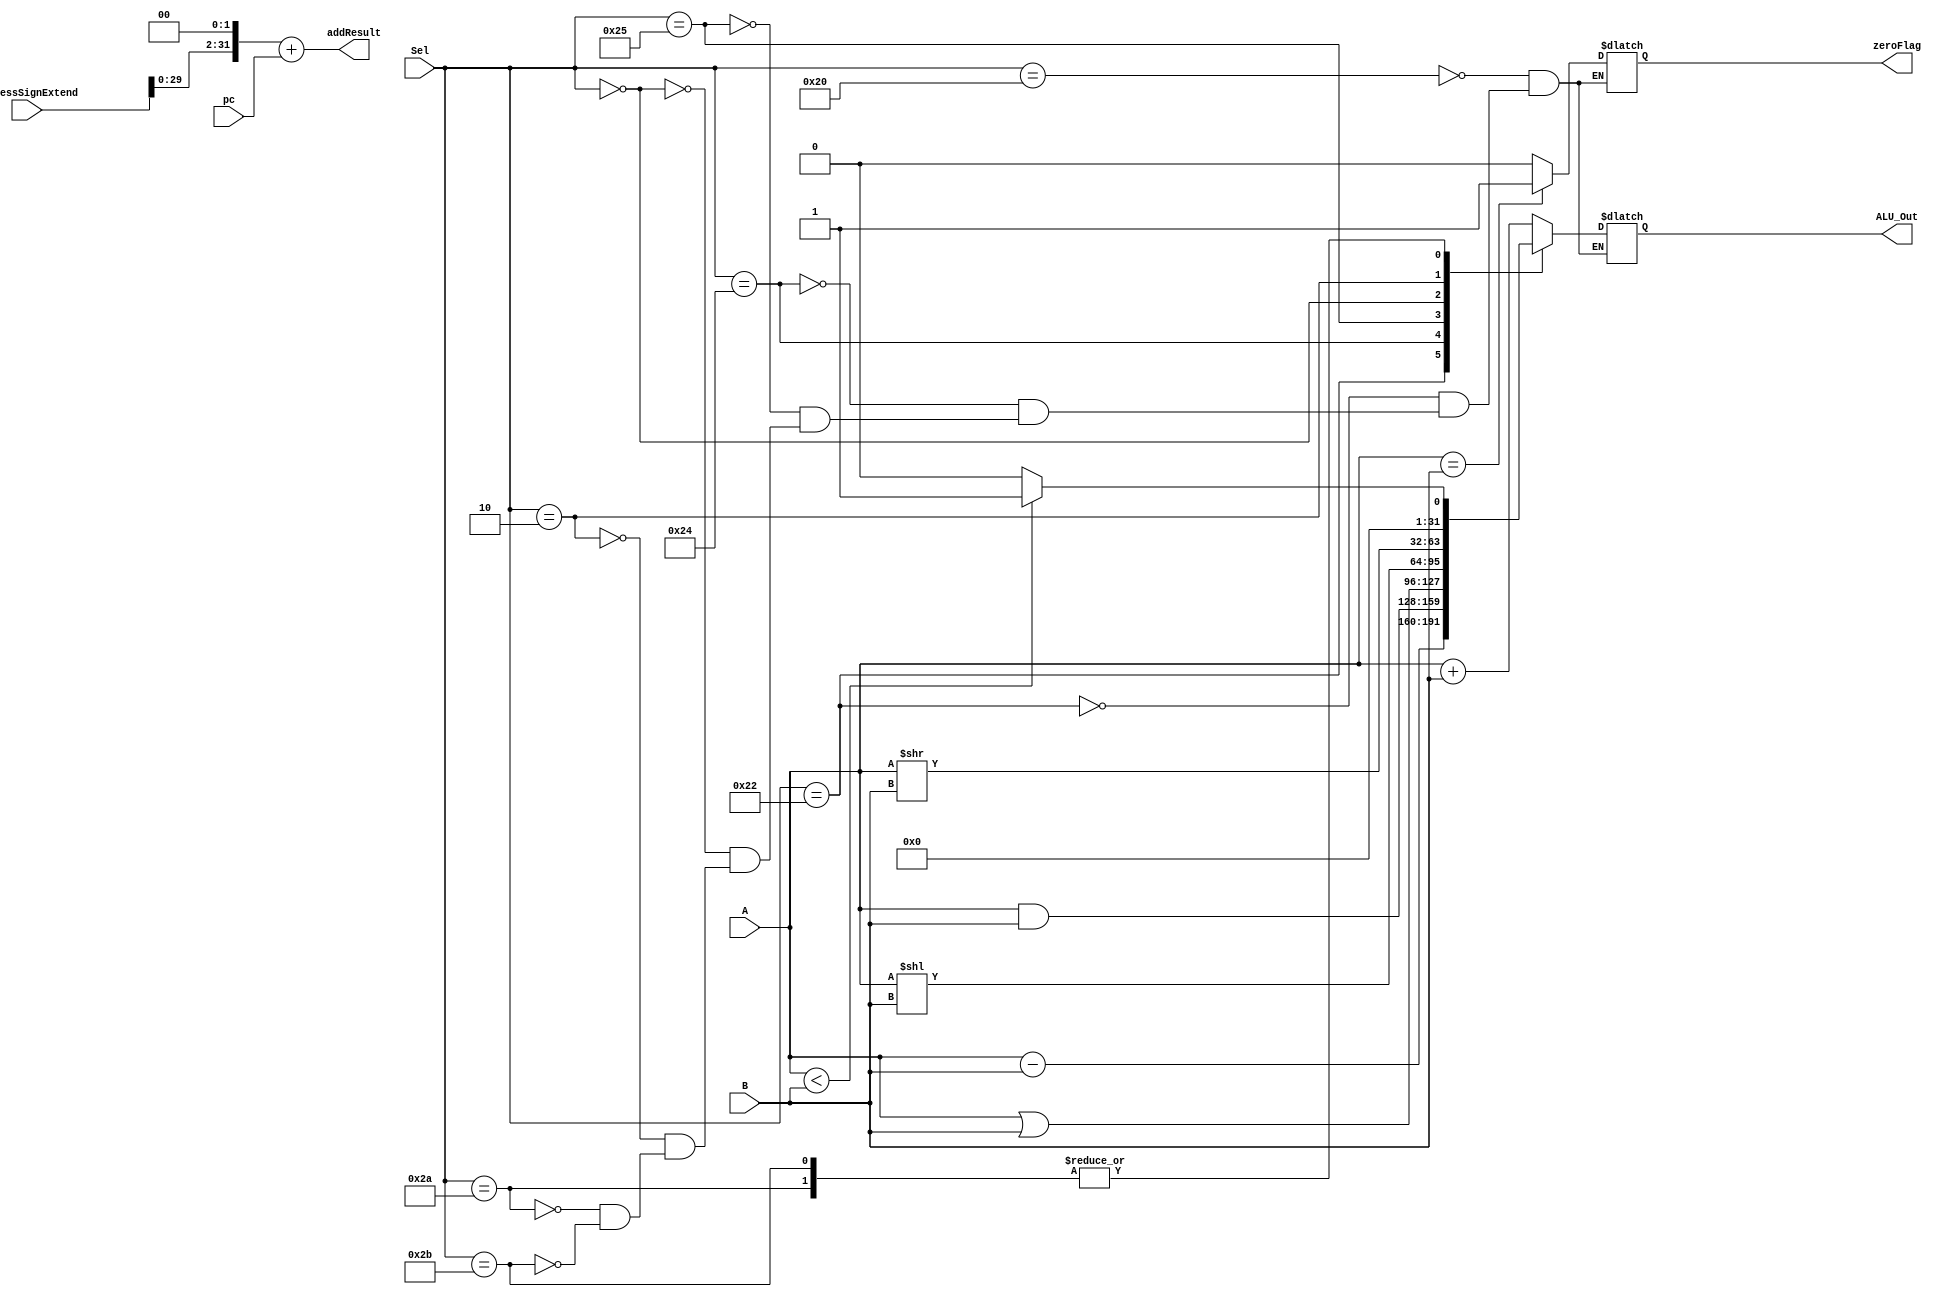
module ALU( input [31:0] A,B,addressSignExtend,pc,
 input [5:0] Sel,
 output [31:0] ALU_Out,
 output reg zeroFlag,
 output reg [31:0] addResult);

reg [31:0] Res;
assign ALU_Out = Res;
always @(*)
begin
addResult = (addressSignExtend << 2) + pc;
case(Sel)
 6'b100000: begin Res = A + B; zeroFlag = (A==B)?1'b1:1'b0; end // Add
 6'b100010: begin Res = A - B; zeroFlag = (A==B)?1'b1:1'b0; end// subtract
 6'b100100: begin Res = A & B; zeroFlag = (A==B)?1'b1:1'b0; end// And
 6'b100101: begin Res = A | B; zeroFlag = (A==B)?1'b1:1'b0; end// Or
 6'b000000: begin Res = A << B; zeroFlag = (A==B)?1'b1:1'b0; end// shift left
 6'b000010:  begin Res = A >> B; zeroFlag = (A==B)? 1'b1:1'b0; end // shift right
 6'b101010:	begin Res = (A < B) ? 1 : 0; zeroFlag = (A==B)?1'b1:1'b0; end //slt
 6'b101011:	begin Res = (A < B) ? 1 : 0; zeroFlag = (A==B)?1'b1:1'b0; end //sltu
 endcase
 end
endmodule